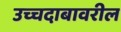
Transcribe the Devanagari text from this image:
उच्चदाबावरील